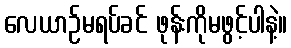
လေယာဉ်မရပ်ခင် ဖုန်းကိုမဖွင့်ပါနဲ့။